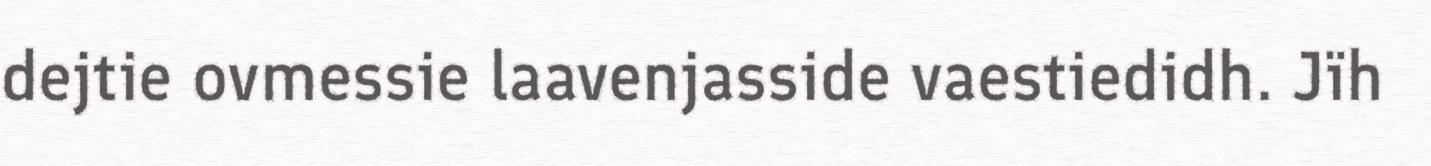
dejtie ovmessie laavenjasside vaestiedidh. Jïh